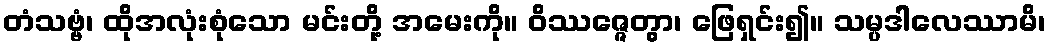
တံသဗ္ဗံ၊ ထိုအလုံးစုံသော မင်းတို့ အမေးကို။ ဝိဿဇ္ဇေတွာ၊ ဖြေရှင်း၍။ သမ္ပဒါလေဿာမိ၊